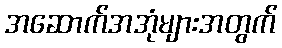
အဆောက်အအုံများအတွက်